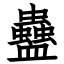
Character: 蠱